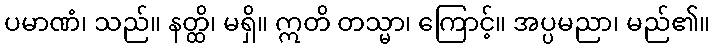
ပမာဏံ၊ သည်။ နတ္ထိ၊ မရှိ။ ဣတိ တသ္မာ၊ ကြောင့်။ အပ္ပမညာ၊ မည်၏။